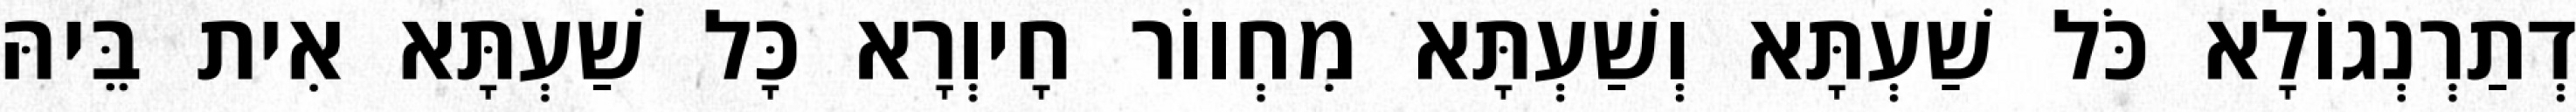
דְתַרְנְגוֹלָא כֹּל שַׁעְתָּא וְשַׁעְתָּא מִחְווֹר חָיוְרָא כָּל שַׁעְתָּא אִית בֵּיהּ